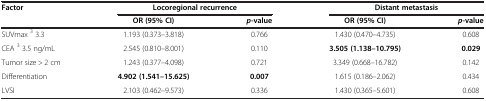
<table><thead><tr><td><b>Factor</b></td><td colspan="2"><b>Locoregional recurrence</b></td><td colspan="2"><b>Distant metastasis</b></td></tr><tr><td><b> </b></td><td><b>OR (95% CI)</b></td><td><b><i>p</i>-value</b></td><td><b>OR (95% CI)</b></td><td><b><i>p</i>-value</b></td></tr></thead><tbody><tr><td>SUVmax <sup>3</sup> 3.3</td><td>1.193 (0.373–3.818)</td><td>0.766</td><td>1.430 (0.470–4.735)</td><td>0.608</td></tr><tr><td>CEA <sup>3</sup> 3.5 ng/mL</td><td>2.545 (0.810–8.001)</td><td>0.110</td><td><b>3.505 (1.138–10.795)</b></td><td><b>0.029</b></td></tr><tr><td>Tumor size &gt; 2 cm</td><td>1.243 (0.377–4.098)</td><td>0.721</td><td>3.349 (0.668–16.782)</td><td>0.142</td></tr><tr><td>Differentiation</td><td><b>4.902 (1.541–15.625)</b></td><td><b>0.007</b></td><td>1.615 (0.186–2.062)</td><td>0.434</td></tr><tr><td>LVSI</td><td>2.103 (0.462–9.573)</td><td>0.336</td><td>1.430 (0.365–5.601)</td><td>0.608</td></tr></tbody></table>